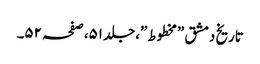
تاریخ دمشق ”مخطوط”،جلد ٥١،صفحہ ٥٢۔